Vaccination in Bombay 1889-1901 - 1889-1901
Year: 1889
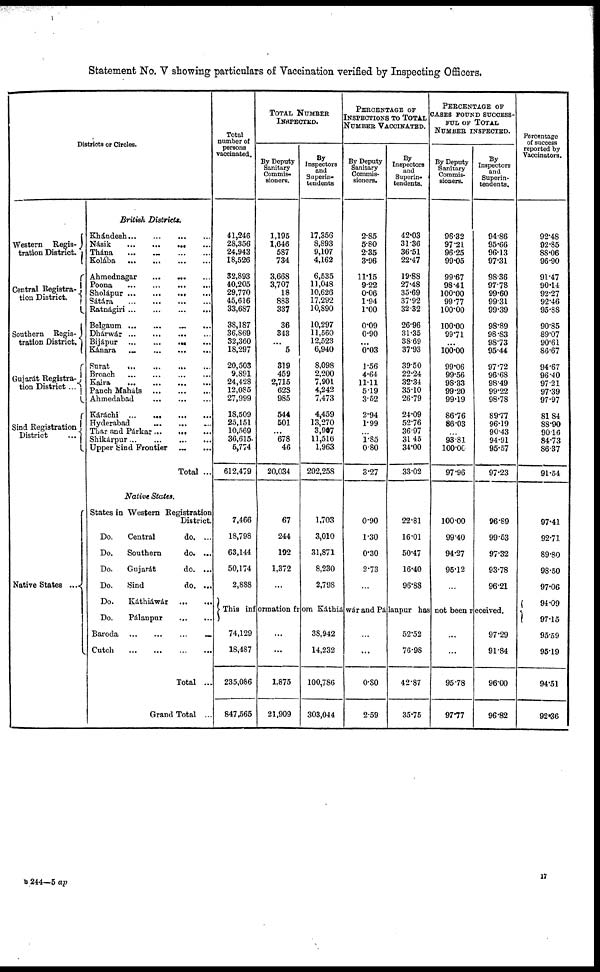
Statement No. V showing particulars of Vaccination verified by Inspecting Officers.
Districts or Circles.
Western Regis¬
tration District.
Central Registra¬
tion District.
Southern Regis¬
tration District.
Gujarát Registra¬
tion District ...
Sind Registration
District
...
Native States ...
British Districts.
Khándesh
...
...
...
...
Násik
...
...
...
...
Thána
...
...
Kolába
...
...
...
...
Ahmednagar
...
... ...
Poona
...
...
...
...
Sholápur ... ... ... ...
Sátára
...
...
...
...
Ratnágiri
...
...
...
...
Belgaum
...
...
...
...
Dhárwár
...
...
...
...
Bijápur ... ... ... ...
Kánara
...
...
...
...
Surat
...
...
...
...
Broach ... ... ... ...
Kaira
...
...
...
...
Panch Maháls ... ... ...
Ahmedabad
...
...
...
Káráchi
...
...
...
...
Hyderabad
...
...
...
...
Thar and Párkar
...
...
...
Shikárpur
...
...
...
Upper bind Frontier ... ...
Total ...
Native States.
States in Western Registration
District.
Do.
Do.
Do.
Do.
Do.
Do.
Central
do. ...
Southern
Gujarát
Sind
do. ...
do. ...
do. ...
Káthiáwár
...
...
Pálanpur
...
...
Baroda
...
...
...
Cutch
...
...
...
Total ...
Grand Total ..
Total
number of
persons
vaccinated.
41,246
28,356
24,943
18,526
32,893
40,205
29,770
45,616
33,687
38,187
36,869
32,360
18,297
20,503
9,891
24,428
12,085
27,999
18,509
25,151
10,569
36,615
5,774
612,479
7,466
18,798
63,144
50,174
2,888
TOTAL NUMBER
INSPECTED.
By Deputy
Sanitary
Commis-
sioners.
1,195
1,646
587
734
3,668
3,707
18
883
337
36
343
...
5
319
459
2,715
628
985
544
501
...
678
46
20,034
67
244
192
1,372
...
By
Inspectors
and
Superin-
tendents
17,356
8,893
9,107
4,162
6,535
11,048
10,626
17,292
10,890
10,297
11,560
12,523
6,940
8,098
2,200
7,901
4,242
7,473
4,459
13,270
3,907
11,516
1,963
202,258
1,703
3,010
31,871
8,230
2,798
PERCENTAGE OF
INSPECTIONS TO TOTAL
NUMBER VACCINATED.
By Deputy
Sanitary
Commis-
sioners.
2.85
5.80
2.35
3.96
11.15
9.22
0.06
1.94
1.00
0.09
0.90
...
0.03
1.56
4.64
11.11
5.19
3.52
2.94
1.99
...
1.85
0.80
3.27
0.90
1.30
0.30
2.73
...
By
Inspectors
and
Superin-
tendents.
42.03
31.36
36.51
22.47
19.88
27.48
35.69
37.92
32.32
26.96
31.35
38.69
37.93
39.50
22.24
32.34
35.10
26.79
24.09
52.76
36.97
31.45
34.00
33.02
22.81
16.01
50.47
16.40
96.88
PERCENTAGE OF
CASES FOUND SUCCESS-
FUL OF TOTAL
NUMBER INSPECTED.
By Deputy
Sanitary
Commis-
sioners.
96.32
97.21
96.25
99.05
99.67
98.41
100.00
99.77
100.00
100.00
99.71
...
100.00
99.06
99.56
98.33
99.20
99.19
86.76
86.03
...
93.81
100.00
97.96
100.00
99.40
94.27
96.12
...
By
Inspectors
and
Superin-
tendents.
94.86
95.66
96.13
97.31
98.36
97.78
99.60
99.31
99.39
98.89
98.83
98.73
95.44
97.72
96.68
98.49
99.22
98.78
89.77
96.19
90.43
94.91
95.57
97.23
96.89
99.53
97.32
93.78
96.21
This information from Kathiáwar and Pálanpur has not been received.
74,129
18,487
235,086
847,565
...
...
1,875
21,909
38,942
14,232
100,786
303,044
...
0.80
2.59
52.52
76.98
42.87
35.75
...
...
95.78
97.77
97.29
91.84
96.00
96.82
Percentage
of success
reported by
Vaccinators.
92.48
92.85
88.06
96.90
91.47
90.14
92.27
92.46
95.88
90.85
89.07
90.61
86.67
94.67
96.40
97.21
97.39
97.97
81.84
88.90
90.16
84.73
86.37
91.54
97.41
92.71
89.80
98.50
97.06
94.09
97.15
95.59
95.19
94.51
92.36
17
B 244—5 ap